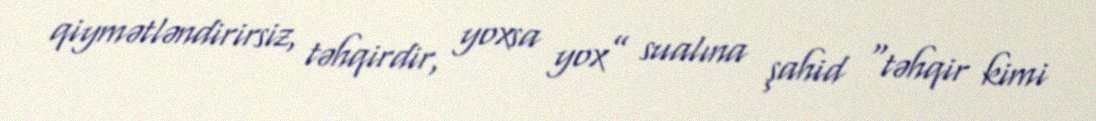
qiymətləndirirsiz, təhqirdir, yoxsa yox” sualına şahid “təhqir kimi